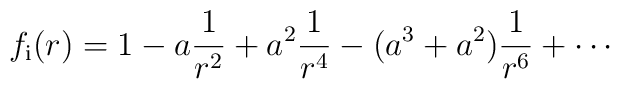
f_{\rm{i}}(r)=\displaystyle{1-a\frac{1}{r^{2}}+a^{2}\frac{1}{r^{4}}-(a^{3}+a^{2})\frac{1}{r^{6}}+\cdots}